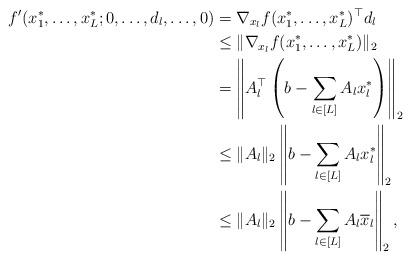
LaTeX: \begin{align*}f'(x_1^*,\ldots,x_L^*;0,\ldots,d_l,\ldots,0) &=\nabla_{x_l}f(x_1^*,\ldots,x_L^*)^\top d_l\\&\le\|\nabla_{x_l}f(x_1^*,\ldots,x_L^*)\|_2\\&=\left\|A_l^\top\left(b-\sum_{l\in[L]}A_lx_l^*\right)\right\|_2\\&\le\|A_l\|_2\left\|b-\sum_{l\in[L]}A_lx_l^*\right\|_2\\&\le\|A_l\|_2\left\|b-\sum_{l\in[L]}A_l\overline{x}_l\right\|_2,\end{align*}